Vaccination United Provinces of Agra and Oudh 1914-1922 - 1914-1922
Year: 1914
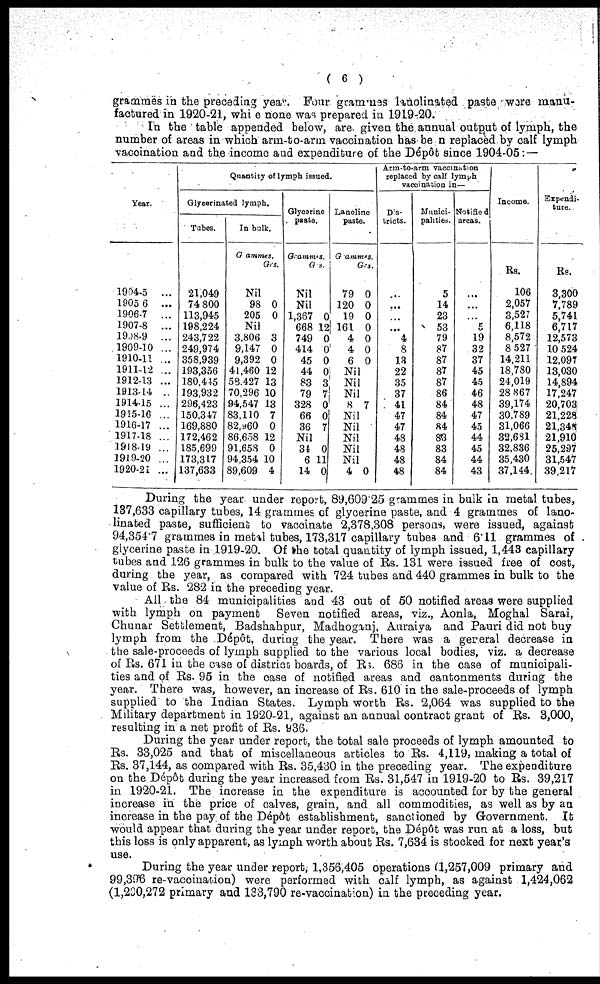
( 6 )
grammes in the preceding year. Four grammes lanolinated paste wore manu-
factured in 1920-21, while none was prepared in 1919-20.
In the table appended below, are. given the annual output of lymph, the
number of areas in which arm-to-arm vaccination has be n replaced by calf lymph
vaccination and the income and expenditure of the Dépôt since 1904-05:—
Year.
1904-5
...
1905-6
...
1906-7
...
1907-8
...
1908-9
...
1909-10 ...
1910-11 ...
1911-12 ...
1912-13 ...
1913-14 ...
1914-15 ...
1915-16 ...
1916-17 ...
1917-18 ...
1918-19 ...
1919-20 ...
1920-21 ...
Quantity of lymph issued.
Glycerinated lymph.
Tubes.
21,049
74,800
113,945
198,224
243,722
249,974
358,939
193,356
180,445
193,932
296,423
150,347
169,880
172,462
185,699
173,317
137,633
In bulk.
Grammes.
Grs.
Nil
98
205
0
0
Nil
3,806
9,147
9,392
41,460
58,427
70,296
94,547
83,110
82,960
86,658
91,658
94,354
89,609
3
0
0
12
13
10
13
7
0
12
0
10
4
Glycarine
paste.
Grammes.
Grs.
Nil
Nil
1,367
668
749
414
45
44
83
79
328
66
36
0
12
0
0
0
0
3
7
0
0
7
Nil
34
6
14
0
11
0
Lanoline
paste.
Grammes.
79
120
19
161
4
4
6
Grs.
0
0
0
0
0
0
0
Nil
Nil
Nil
8 7
Nil
Nil
Nil
Nil
Nil
4 0
Arm-to-arm vaccination
replaced by calf lymph
vaccination in—
Dis-
tricts.
...
...
...
...
4
8
13
22
35
37
41
47
47
48
48
48
48
Munici-
palities.
5
14
23
53
79
87
87
87
87
86
84
84
84
83
83
84
84
Notified
areas.
...
...
...
5
19
32
37
45
45
46
48
47
45
44
45
44
43
Income.
Rs.
106
2,057
3,527
6,118
8,572
8,527
14,211
18,780
24,019
28,867
39,174
30,789
31,066
32,681
32,836
35,430
37,144
Expendi-
ture.
Rs.
3,300
7,789
5,741
6,717
12,573
10,524
12,097
13,030
14,894
17,247
20,703
21,228
21,345
21,910
25,297
31,547
39,217
During the year under report, 89,609.25 grammes in bulk in metal tubes,
137,633 capillary tubes, 14 grammes of glycerine paste, and 4 grammes of lano-
linated paste, sufficient to vaccinate 2,378.308 persons, were issued, against
94,354.7 grammes in metal tubes, 173,317 capillary tubes and 6.11 grammes of
glycerine paste in 1919-20. Of the total quantity of lymph issued, 1,443 capillary
tubes and 126 grammes in bulk to the value of Rs. 131 were issued free of cost,
during the year, as compared with 724 tubes and 440 grammes in bulk to the
value of Rs. 282 in the preceding year.
All the 84 municipalities and 43 out of 50 notified areas were supplied
with lymph on payment Seven notified areas, viz., Aonla, Moghal Sarai,
Chunar Settlement, Badshahpur, Madhoganj, Auraiya and Pauri did not buy
lymph from the Dépôt, during the year. There was a gereral decrease in
the sale-proceeds of lymph supplied to the various local bodies, viz. a decrease
of Rs. 671 in the case of district boards, of Rs. 686 in the case of municipali-
ties and of Rs. 95 in the case of notified areas and cantonments during the
year. There was, however, an increase of Rs. 610 in the sale-proceeds of lymph
supplied to the Indian States. Lymph worth Rs. 2,064 was supplied to the
Military department in 1920-21, against an annual contract grant of Rs. 3,000,
resulting in a net profit of Rs. 936.
During the year under report, the total sale proceeds of lymph amounted to
Rs. 33,025 and that of miscellaneous articles to Rs. 4,119, making a total of
Rs. 37,144, as compared with Rs. 35,430 in the preceding year. The expenditure
on the Dépôt during the year increased from Rs. 31,547 in 1919-20 to Rs. 39,217
in 1920-21. The increase in the expenditure is accounted for by the general
increase in the price of calves, grain, and all commodities, as well as by an
increase in the pay of the Dépôt establishment, sanctioned by Government. It
would appear that during the year under report, the Dépôt was run at a loss, but
this loss is only apparent, as lymph worth about Rs. 7,634 is stocked for next year's
use.
During the year under report, 1,356,405 operations (1,257,009 primary and
99,396 re-vaccination) were performed with calf lymph, as against 1,424,062
(1,200,272 primary and 133,790 re-vaccination) in the preceding year.